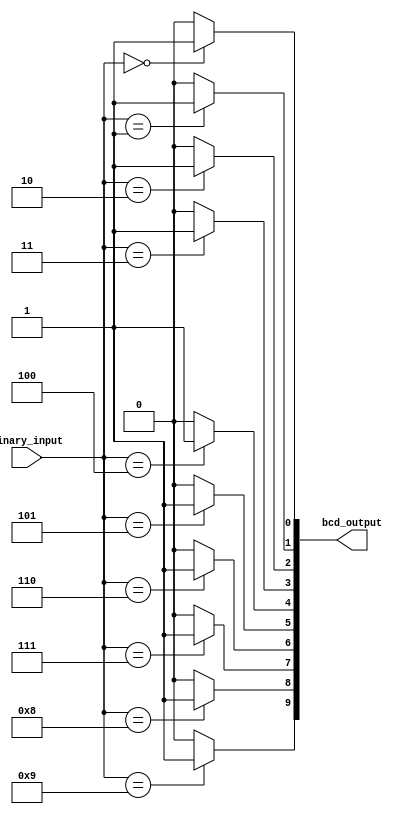
module BCD_Decoder (
    input [3:0] binary_input,
    output [9:0] bcd_output
);

wire [9:0] bcd_output;

assign bcd_output[0] = (binary_input == 4'b0000) ? 1'b1 : 1'b0;
assign bcd_output[1] = (binary_input == 4'b0001) ? 1'b1 : 1'b0;
assign bcd_output[2] = (binary_input == 4'b0010) ? 1'b1 : 1'b0;
assign bcd_output[3] = (binary_input == 4'b0011) ? 1'b1 : 1'b0;
assign bcd_output[4] = (binary_input == 4'b0100) ? 1'b1 : 1'b0;
assign bcd_output[5] = (binary_input == 4'b0101) ? 1'b1 : 1'b0;
assign bcd_output[6] = (binary_input == 4'b0110) ? 1'b1 : 1'b0;
assign bcd_output[7] = (binary_input == 4'b0111) ? 1'b1 : 1'b0;
assign bcd_output[8] = (binary_input == 4'b1000) ? 1'b1 : 1'b0;
assign bcd_output[9] = (binary_input == 4'b1001) ? 1'b1 : 1'b0;

endmodule